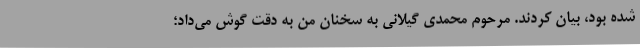
شده بود، بیان کردند. مرحوم محمدی گیلانی به سخنان من به دقت گوش می‌داد؛